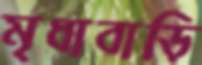
মৃধাবাড়ি